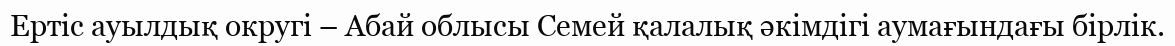
Ертіс ауылдық округі – Абай облысы Семей қалалық әкімдігі аумағындағы бірлік.